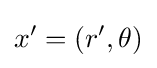
x'=(r',\theta )